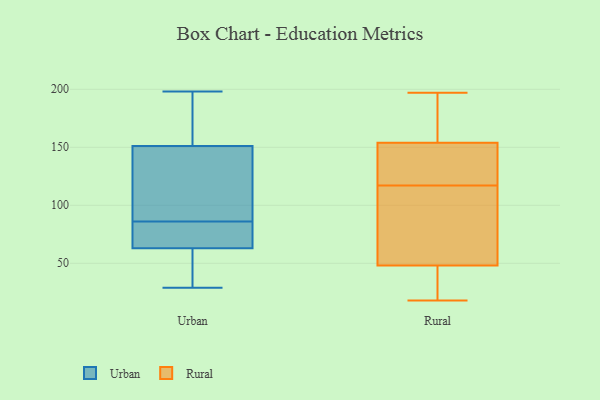
{"axis": {"x": "Inventory Turnover", "y": "Value"}, "legend": ["Rural", "Urban"], "data": [{"x": "", "y": 58, "type": "Urban"}, {"x": "", "y": 63, "type": "Urban"}, {"x": "", "y": 198, "type": "Urban"}, {"x": "", "y": 87, "type": "Urban"}, {"x": "", "y": 151, "type": "Urban"}, {"x": "", "y": 29, "type": "Urban"}, {"x": "", "y": 80, "type": "Urban"}, {"x": "", "y": 162, "type": "Urban"}, {"x": "", "y": 96, "type": "Urban"}, {"x": "", "y": 85, "type": "Urban"}, {"x": "", "y": 46, "type": "Rural"}, {"x": "", "y": 72, "type": "Rural"}, {"x": "", "y": 50, "type": "Rural"}, {"x": "", "y": 167, "type": "Rural"}, {"x": "", "y": 112, "type": "Rural"}, {"x": "", "y": 197, "type": "Rural"}, {"x": "", "y": 130, "type": "Rural"}, {"x": "", "y": 122, "type": "Rural"}, {"x": "", "y": 181, "type": "Rural"}, {"x": "", "y": 140, "type": "Rural"}, {"x": "", "y": 18, "type": "Rural"}, {"x": "", "y": 185, "type": "Rural"}, {"x": "", "y": 40, "type": "Rural"}, {"x": "", "y": 141, "type": "Rural"}, {"x": "", "y": 26, "type": "Rural"}, {"x": "", "y": 77, "type": "Rural"}]}